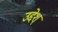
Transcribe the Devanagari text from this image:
उद्देश्